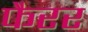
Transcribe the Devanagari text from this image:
फैरर